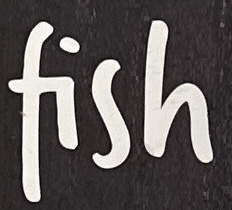
fish